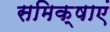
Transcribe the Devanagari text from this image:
समिक्षाएं